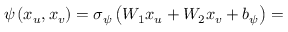
\psi \left( x _ { u } , x _ { v } \right) = \sigma _ { \psi } \left( W _ { 1 } x _ { u } + W _ { 2 } x _ { v } + b _ { \psi } \right) =